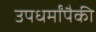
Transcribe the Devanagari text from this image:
उपधर्मांपैकी